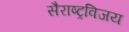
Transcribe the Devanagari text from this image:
सैराष्ट्रविजय